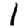
Digit: 1